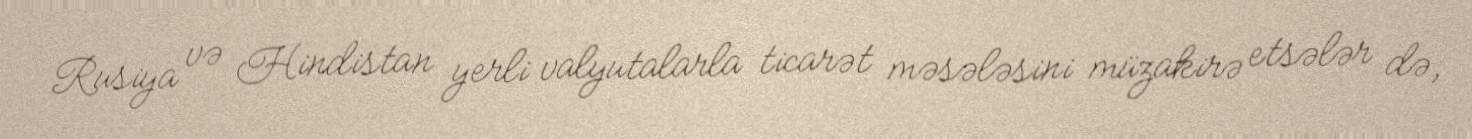
Rusiya və Hindistan yerli valyutalarla ticarət məsələsini müzakirə etsələr də,